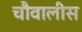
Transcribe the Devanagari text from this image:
चौवालीस